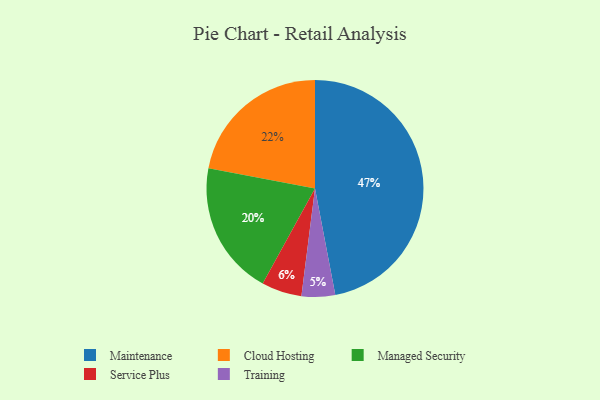
{"axis": {"x": "Category", "y": "Percentage"}, "legend": ["Cloud Hosting", "Maintenance", "Managed Security", "Service Plus", "Training"], "data": [{"x": "Cloud Hosting", "y": 22, "type": "Cloud Hosting"}, {"x": "Training", "y": 5, "type": "Training"}, {"x": "Maintenance", "y": 47, "type": "Maintenance"}, {"x": "Service Plus", "y": 6, "type": "Service Plus"}, {"x": "Managed Security", "y": 20, "type": "Managed Security"}]}